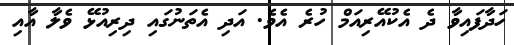
ހަދާފައިވާ ދެ އެކުއޭރިއަމް ހުރެ އެވެ. އަދި އެތަނުގައި ދިރިއުޅޭ ވެލާ އާއި